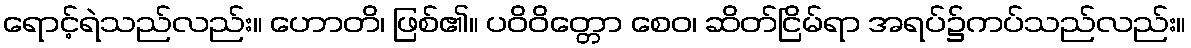
ရောင့်ရဲသည်လည်း။ ဟောတိ၊ ဖြစ်၏။ ပဝိဝိတ္တော စေဝ၊ ဆိတ်ငြိမ်ရာ အရပ်၌ကပ်သည်လည်း။